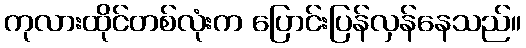
ကုလားထိုင်တစ်လုံးက ပြောင်းပြန်လှန်နေသည်။